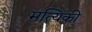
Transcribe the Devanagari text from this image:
मत्यिकी